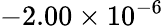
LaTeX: -2.00\times 10^{-6}